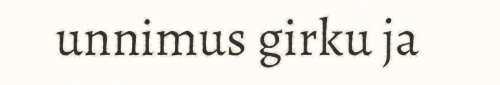
unnimus girku ja